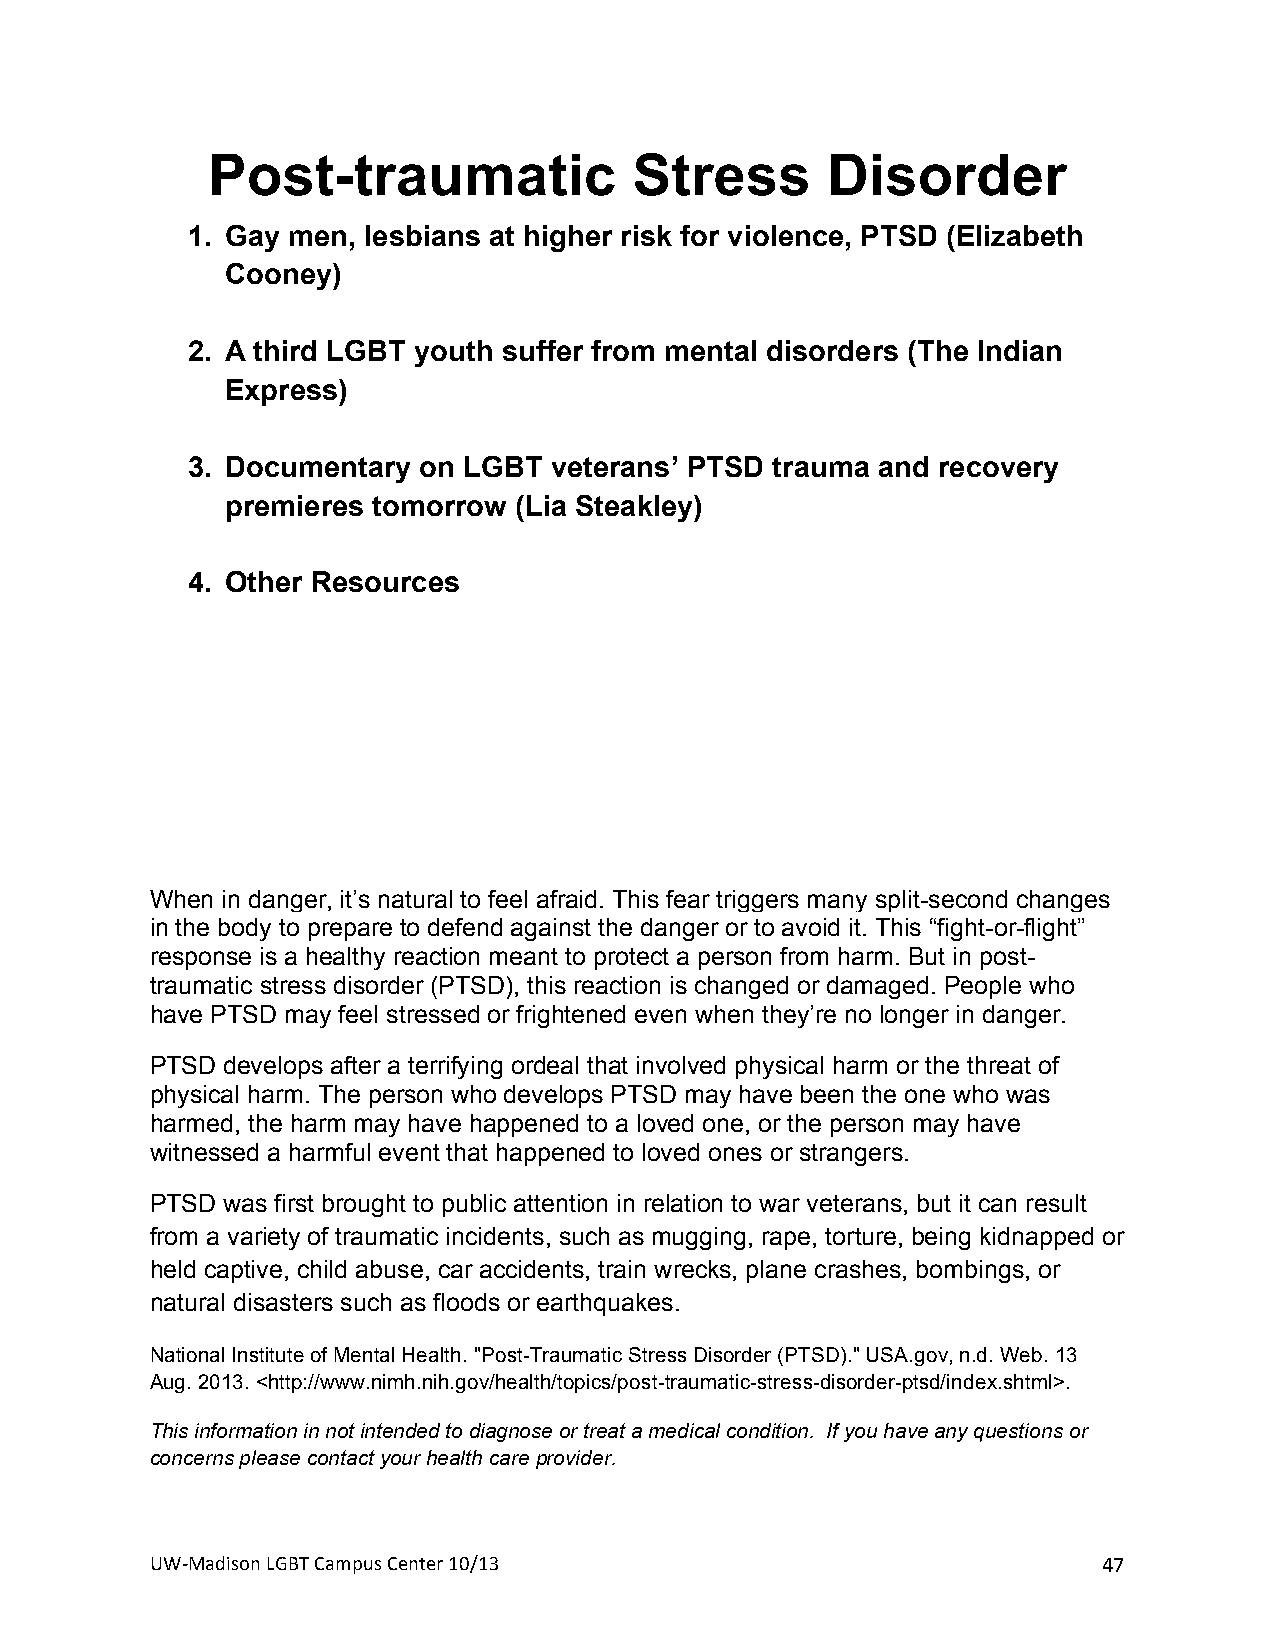
Post-traumatic              Stress       Disorder
 1. Gay men, lesbians at higher risk for violence, PTSD (Elizabeth
 Cooney)
 2. A third LGBT youth suffer from mental disorders (The Indian
 Express)
 3. Documentary  on LGBT veterans’ PTSD trauma and recovery
 premieres tomorrow (Lia Steakley)
 4. Other Resources
 +
 +
 When in danger, it’s natural to feel afraid. This fear triggers many split-second changes
 in the body to prepare to defend against the danger or to avoid it. This “fight-or-flight”
 response is a healthy reaction meant to protect a person from harm. But in post-
 traumatic stress disorder (PTSD), this reaction is changed or damaged. People who
 have PTSD may feel stressed or frightened even when they’re no longer in danger.
 PTSD develops after a terrifying ordeal that involved physical harm or the threat of
 physical harm. The person who develops PTSD may have been the one who was
 harmed, the harm may have happened to a loved one, or the person may have
 witnessed a harmful event that happened to loved ones or strangers.
 PTSD was first brought to public attention in relation to war veterans, but it can result
 from a variety of traumatic incidents, such as mugging, rape, torture, being kidnapped or
 held captive, child abuse, car accidents, train wrecks, plane crashes, bombings, or
 natural disasters such as floods or earthquakes.
 National Institute of Mental Health. "Post-Traumatic Stress Disorder (PTSD)." USA.gov, n.d. Web. 13
 Aug. 2013. <http://www.nimh.nih.gov/health/topics/post-traumatic-stress-disorder-ptsd/index.shtml>.
 This information in not intended to diagnose or treat a medical condition. If you have any questions or
 concerns please contact your health care provider.
 UW#Madison+LGBT+Campus+Center+10/13+                           47+